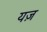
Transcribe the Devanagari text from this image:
यज़